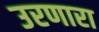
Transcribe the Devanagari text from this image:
उरणारा